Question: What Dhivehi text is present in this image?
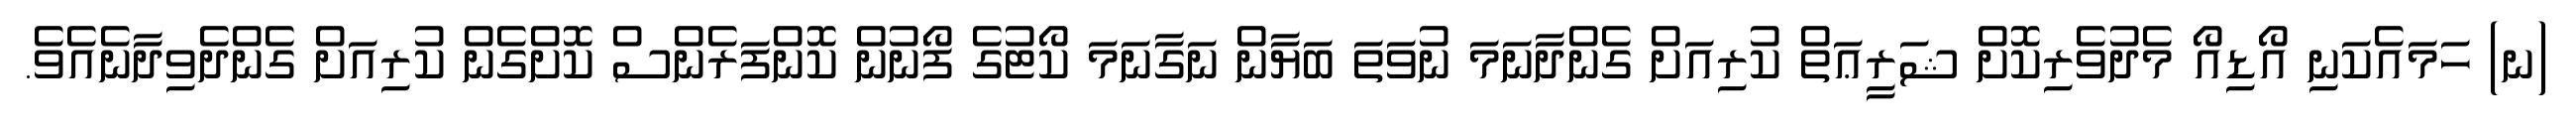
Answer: (ނ) ހަމައެކަނި އޯޑިއޯ މެދުވެރިކޮށް ޝަރީޢަތް ކުރިއަށް ގެންދާނަމަ ނުވަތަ ބަޔާން ނަގާނަމަ ކޯޓުގެ ފޯނުން ކޮންފަރެންސް ކޮށްގެން ކުރިއަށް ގެންދެވިދާނެއެވެ.